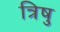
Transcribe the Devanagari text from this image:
त्रिषु